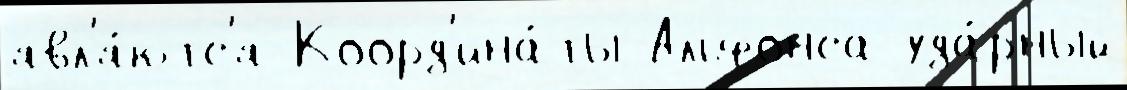
явл'я́ютс'я Коорд'ина́ты Альфонса уда́рный